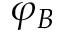
\varphi _ { B }